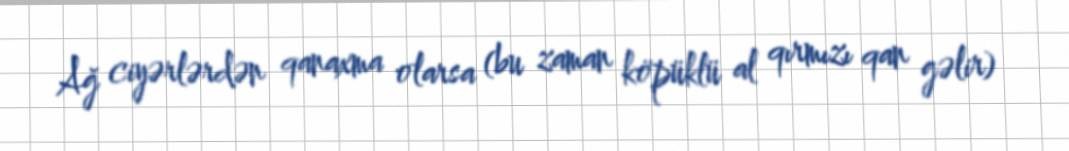
Ağ ciyərlərdən qanaxma olarsa (bu zaman köpüklü al qırmızı qan gəlir)